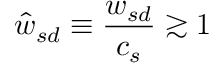
\hat { w } _ { s d } \equiv \frac { w _ { s d } } { c _ { s } } \gtrsim 1